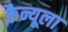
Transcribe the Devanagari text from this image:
कैन्यूला